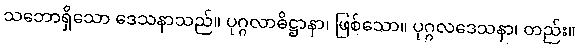
သဘောရှိသော ဒေသနာသည်။ ပုဂ္ဂလာဓိဋ္ဌာနာ၊ ဖြစ်သော။ ပုဂ္ဂလဒေသနာ၊ တည်း။